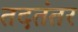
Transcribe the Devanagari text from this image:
तदतंतर